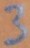
Text: 3